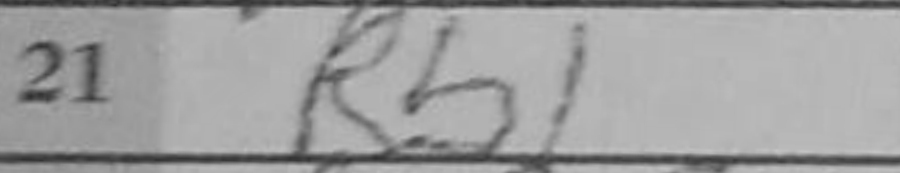
Transcription: Rb1